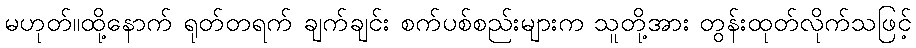
မဟုတ်။ထို့နောက် ရုတ်တရက် ချက်ချင်း စက်ပစ်စည်းများက သူတို့အား တွန်းထုတ်လိုက်သဖြင့်